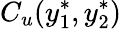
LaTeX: C_{u}(y_{1}^{*},y_{2}^{*})